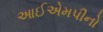
આઈએમપીનો